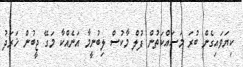
ކިޔަވައިގެން ބުރަ މަސައްކަތުން ފުލް މާކުސް ލިބުނީމާ އަނެއްކާ މަގޭ ޖީބުން ޚަރަދު